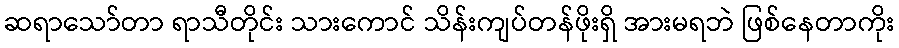
ဆရာသော်တာ ရာသီတိုင်း သားကောင် သိန်းကျပ်တန်ဖိုးရှိ အားမရဘဲ ဖြစ်နေတာကိုး